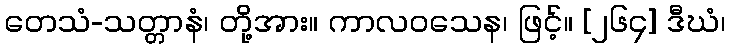
တေသံ-သတ္တာနံ၊ တို့အား။ ကာလဝသေန၊ ဖြင့်။ [၂၆၄] ဒီဃံ၊